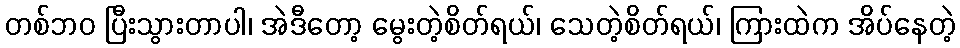
တစ်ဘဝ ပြီးသွားတာပါ၊ အဲဒီတော့ မွေးတဲ့စိတ်ရယ်၊ သေတဲ့စိတ်ရယ်၊ ကြားထဲက အိပ်နေတဲ့